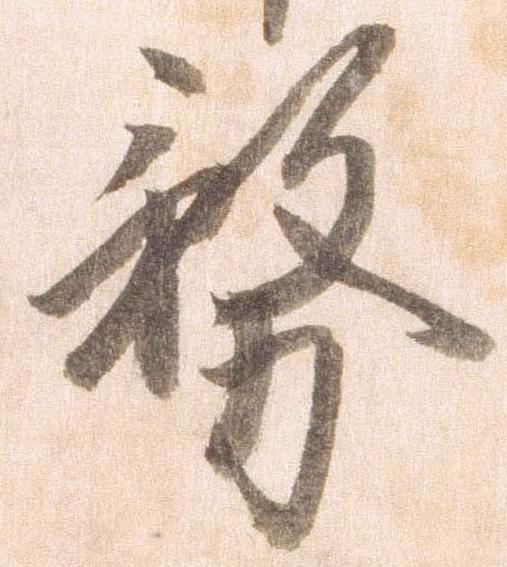
務